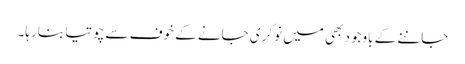
جاننے کے باوجود بھی میں نوکری جانے کے خوف سے چوتیا بنا رہا۔